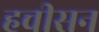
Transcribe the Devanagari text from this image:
हचीसन